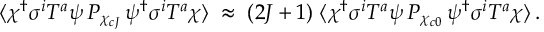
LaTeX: \langle \chi ^ { \dagger } \sigma ^ { i } T ^ { a } \psi \, { \cal P } _ { \chi _ { c J } } \, \psi ^ { \dagger } \sigma ^ { i } T ^ { a } \chi \rangle \; \approx \; ( 2 J + 1 ) \; \langle \chi ^ { \dagger } \sigma ^ { i } T ^ { a } \psi \, { \cal P } _ { \chi _ { c 0 } } \, \psi ^ { \dagger } \sigma ^ { i } T ^ { a } \chi \rangle \, .